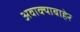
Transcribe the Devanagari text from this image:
अवाक्याबाहेर